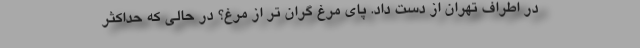
در اطراف تهران از دست داد. پای مرغ گران تر از مرغ؟ در حالی که حداکثر